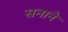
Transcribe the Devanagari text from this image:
सनाने